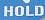
hold